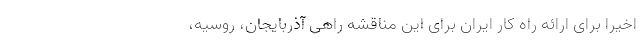
اخیرا برای ارائه راه کار ایران برای این مناقشه راهی آذربایجان، روسیه،